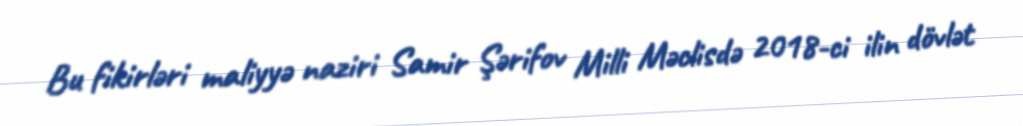
Bu fikirləri maliyyə naziri Samir Şərifov Milli Məclisdə 2018-ci ilin dövlət